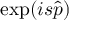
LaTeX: \mathrm { e x p } ( i s { \hat { p } } )